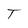
Character: T